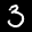
Label: 3